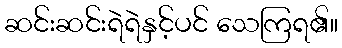
ဆင်းဆင်းရဲရဲနှင့်ပင် သေကြရ၏။